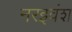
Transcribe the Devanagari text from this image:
नरइवंश